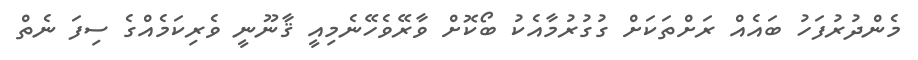
މެންދުރުފަހު ބައެއް ރަށްތަކަށް ގުގުރުމާއެކު ބޯކޮށް ވާރޭވެހޭނެމިއީ ޤާނޫނީ ވެރިކަމެއްގެ ސިފަ ނެތް